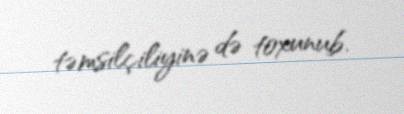
təmsilçiliyinə də toxunub.